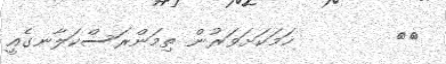
٤٩        ހަމަކަށަވަރުން ތިމަންރަސްކަލާނގެއީ